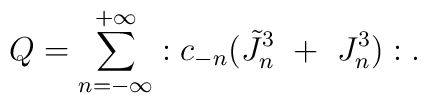
Q={\sum^{+\infty}_{n=-\infty}}:c_{-n}(\tilde J^3_n~+~J^3_n):.